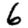
Digit: 6